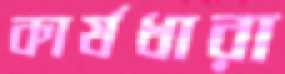
কার্যধারা